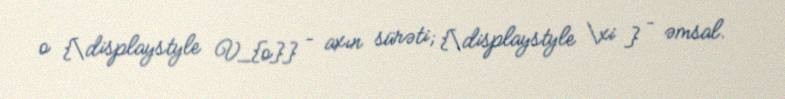
o {\displaystyle V_{o}} – axın sürəti; {\displaystyle \xi } – əmsal.